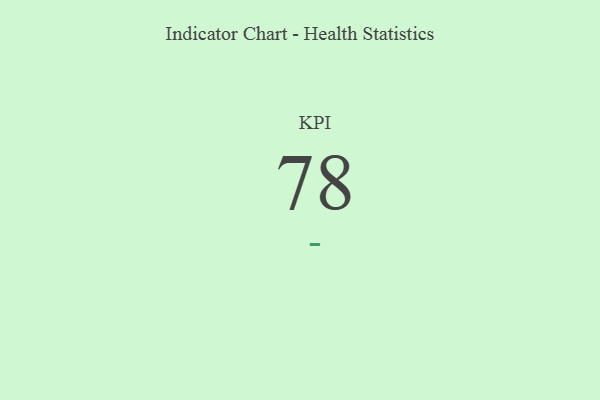
{"axis": {"x": "KPI", "y": "Value"}, "legend": [""], "data": [{"x": "KPI", "y": 78, "type": ""}]}